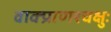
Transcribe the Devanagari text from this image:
वाक्प्राणश्चक्षुः